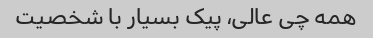
همه چی عالی، پیک بسیار با شخصیت